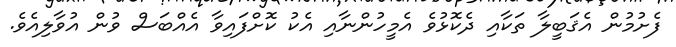
ފެށުމުން އެޤަބީލާ ތަކާއި ދެކޮޅުވެ އެމީހުންނާއި އެކު ކޮށްފައިވާ އެއްބަސް ވުން އުވާލިއެވެ.